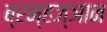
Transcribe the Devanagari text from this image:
ब्रम्हज्ञान